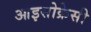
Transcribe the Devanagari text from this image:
आइसोक्रेसी